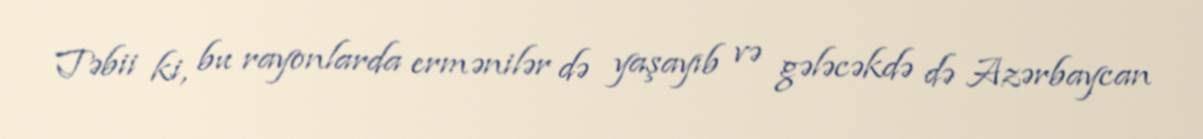
Təbii ki, bu rayonlarda ermənilər də yaşayıb və gələcəkdə də Azərbaycan